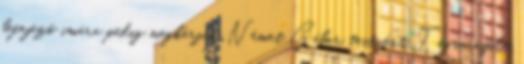
befejező imára pedig megkérjük Német Gábor testvért. Tágra nyílt